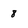
Character: 8